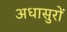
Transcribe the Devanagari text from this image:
अधासुरों